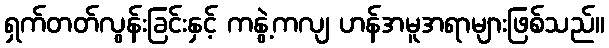
ရှက်တတ်လွန်းခြင်းနှင့် ကနွဲ့ကလျ ဟန်အမူအရာများဖြစ်သည်။